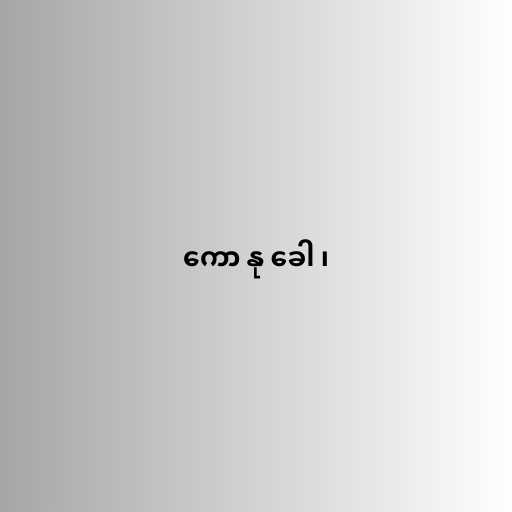
ကော နု ခေါ ၊